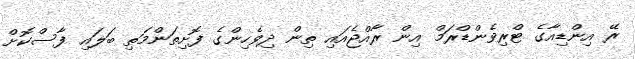
ރޭ އިންޑިއާގެ ޓްރިވެންޑްރަމް އިން ރާއްޖެއައި ތިން ދިވެހިންގެ ފޮށިތަންމަތި ބަލައި ފާސްކޮށް